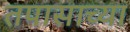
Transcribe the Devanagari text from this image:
तपासाच्या